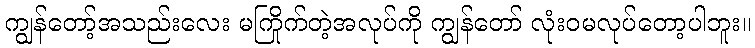
ကျွန်တော့်အသည်းလေး မကြိုက်တဲ့အလုပ်ကို ကျွန်တော် လုံးဝမလုပ်တော့ပါဘူး။